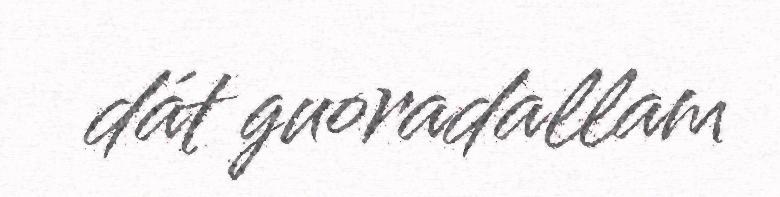
dát guoradallam